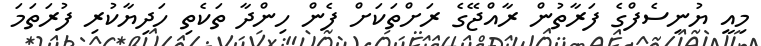
މިއީ ޔުނިސެފްގެ ފަރާތުން ރާއްޖޭގެ ރަށްތަކަށް ފެން ހިންދާ ތަކެތި ހަދިޔާކުރި ފުރަތަމަ